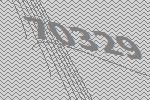
70329